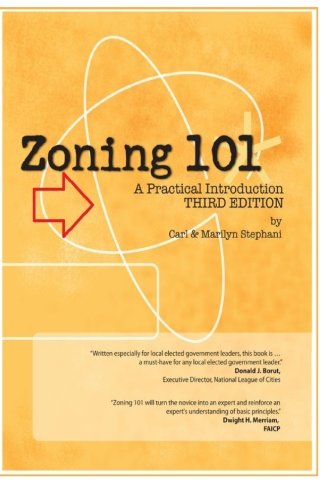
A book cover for Zoning 101: A Practical Introduction: Third Edition; Carl J. Stephani; Law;